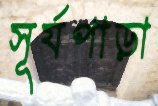
সূর্যপাড়া